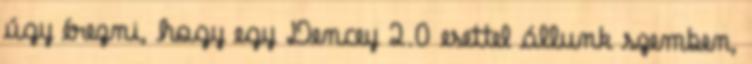
úgy érezni, hogy egy Dencey 2.0 esettel állunk szemben,